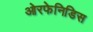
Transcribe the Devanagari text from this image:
ओरफेनिडिस